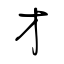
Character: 才